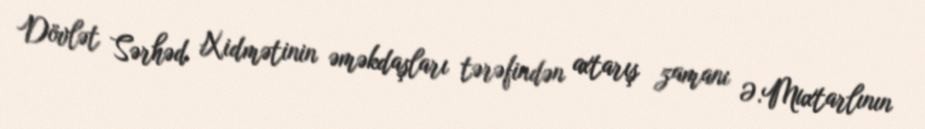
Dövlət Sərhəd Xidmətinin əməkdaşları tərəfindən axtarış zamanı Ə.Muxtarlının